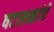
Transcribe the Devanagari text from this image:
षटलकांचे